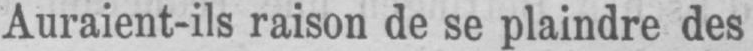
Auraient-ils raison de se plaindre des